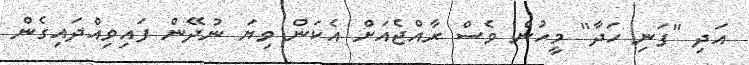
އަދި "ފަނި ހަދާ" މީހުން ވެސް ރާއްޖެއަށް އެކަން ވިޔަ ނުދޭން ފައިވިއްދައިގެން